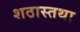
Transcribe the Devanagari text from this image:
शठास्तथा